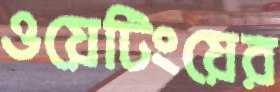
ওয়েটিংয়ের